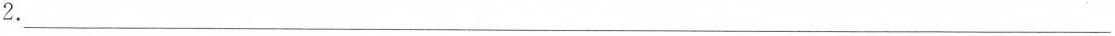
2.___